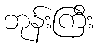
ဘုန်းကြီး